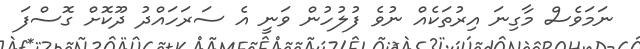
ނަމަވެސް މާގިނަ އިރުތަކެއް ނުވެ ފުލުހުން ވަނީ އެ ސަރަހައްދު ދޫކޮށް ގޮސްފަ